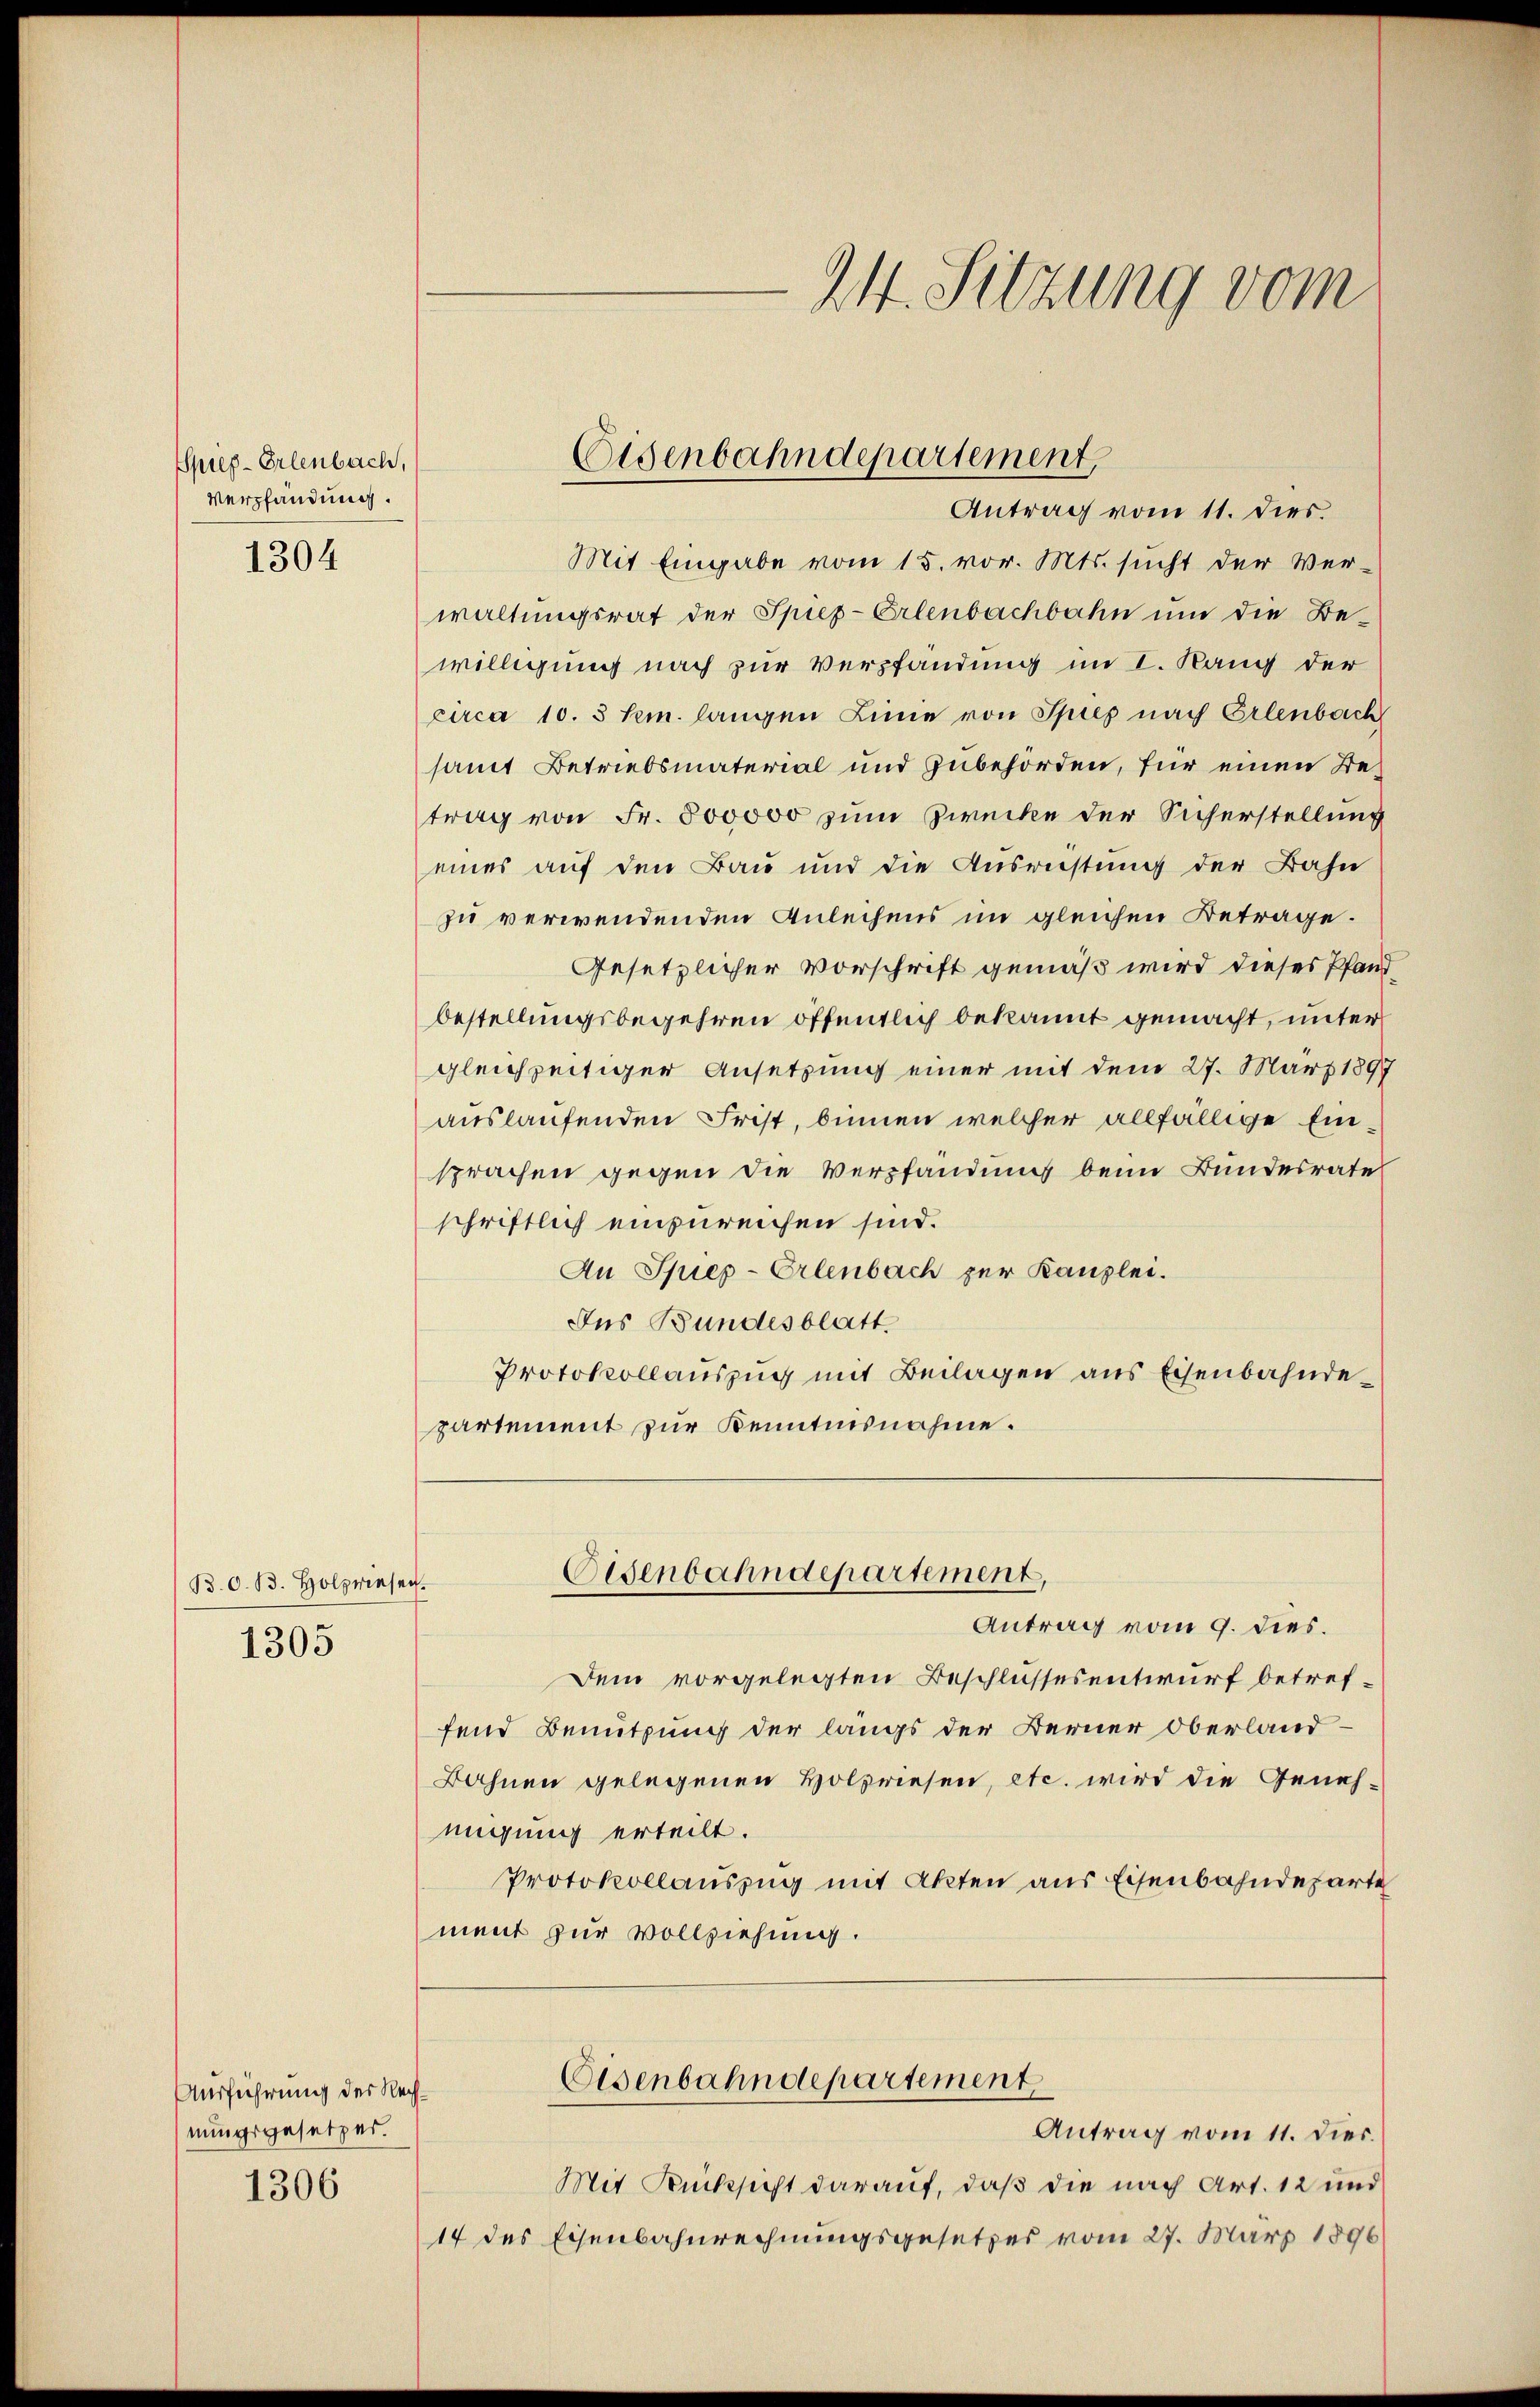
Spieg-Erlenbach,
Verpfändung.

1304

B. d. 13. Holzriesen
1305

Ausführung des Rechnungsgesetzer.
1306

24. Sitzung vom

Mit Eingabe vom 15. vor. Mts. sucht der Verwaltungsrat der Spiez-Erlenbachbahn um die Be-
willigung nach zur Verpfandung im I. Rang der
circa 10. 3 hem. langen Linie von Spies nach Erlenbach
samt Betriebsmaterial und Zubehörden, für einen Betrag von Fr. 800000 zum Zwecke der Sicherstellung
eines auf den Bau und die Ausrüstung der Bahn
zu verwendenden Anleihens im gleichen Betrage.
Gesetzlicher Vorschrift gemäß wird dieses Pfandbestellungsbegehren öffentlich bekannt gemacht, unter
gleichzeitiger Ansetzung einer mit dem 27. März 1897
auslaufenden Frist, binnen welcher allfällige Einsprachen gegen die Verpfandungs beim Bundesrate
schriftlich einzureichen sind.
An Spiep-Erlenbach zur Kanzlei.
Ins Bundesblatt
Protokollauszug mit Beilagen aus Eisenbahndepartement zur Kenntnisnahme.

Eisenbahndepartement,
Antrag vom 11. dies.

Antrag vom 9. dies.
Dem vorgelegten Beschlussesentwurf betreffend Benutzung der langs der Berner Oberland-
Bahnen gelegenen Holzriesen, etc. wird die Genehmigung erteilt.
Protokollauszug mit Akten aus Eisenbahndeparte
ment zur Vollziehung.
Eisenbahndepartement
Antrag vom 11. dies.
Mit Rücksicht darauf, daß die nach Art. 12 und
14 des Eisenbahnrechnungsgesetzes vom 27. März 1896

Eisenbahndepartement,